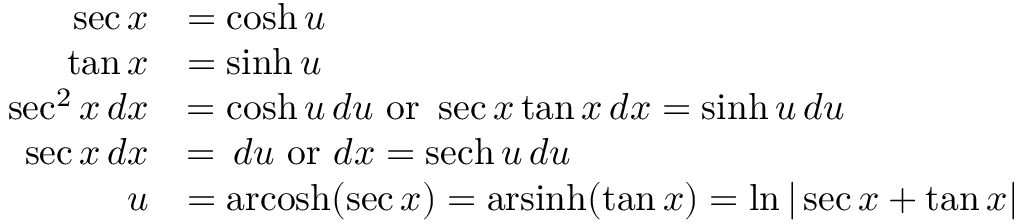
{ \begin{array} { r l } { \sec x } & { = \cosh u } \\ { \tan x } & { = \sinh u } \\ { \sec ^ { 2 } x \, d x } & { = \cosh u \, d u { \mathrm { ~ o r ~ } } \sec x \tan x \, d x = \sinh u \, d u } \\ { \sec x \, d x } & { = \, d u { \mathrm { ~ o r ~ } } d x = \operatorname { s e c h } u \, d u } \\ { u } & { = \operatorname { a r c o s h } ( \sec x ) = \operatorname { a r s i n h } ( \tan x ) = \ln | \sec x + \tan x | } \end{array} }